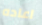
اعاده